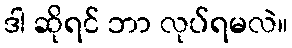
ဒါ ဆိုရင် ဘာ လုပ်ရမလဲ။